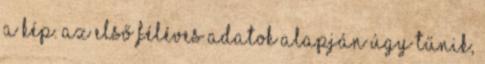
a kép. Az első féléves adatok alapján úgy tűnik,